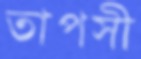
তাপসী